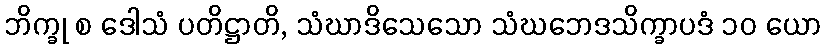
ဘိက္ခု စ ဒေါသံ ပတိဋ္ဌာတိ, သံဃာဒိသေသော သံဃဘေဒသိက္ခာပဒံ ၁၀ ယော